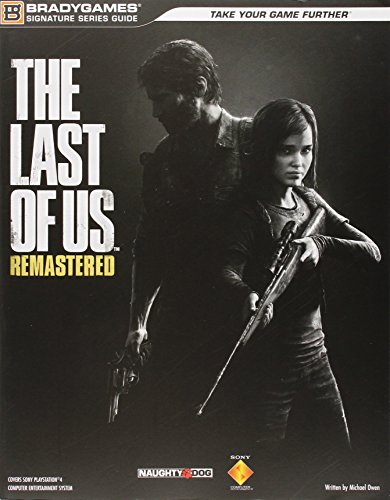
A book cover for The Last of Us Remastered Signature Series Strategy Guide (Bradygames Signature Guides); BradyGames; Computers & Technology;